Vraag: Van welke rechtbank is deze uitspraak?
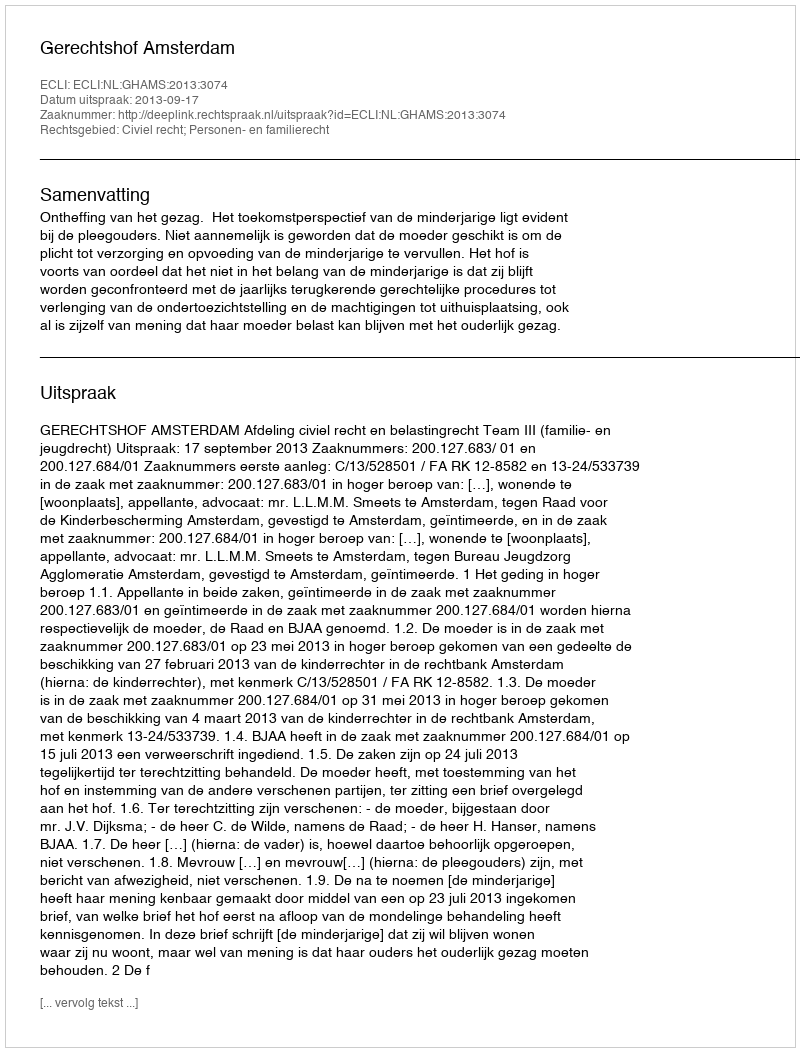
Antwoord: Gerechtshof Amsterdam